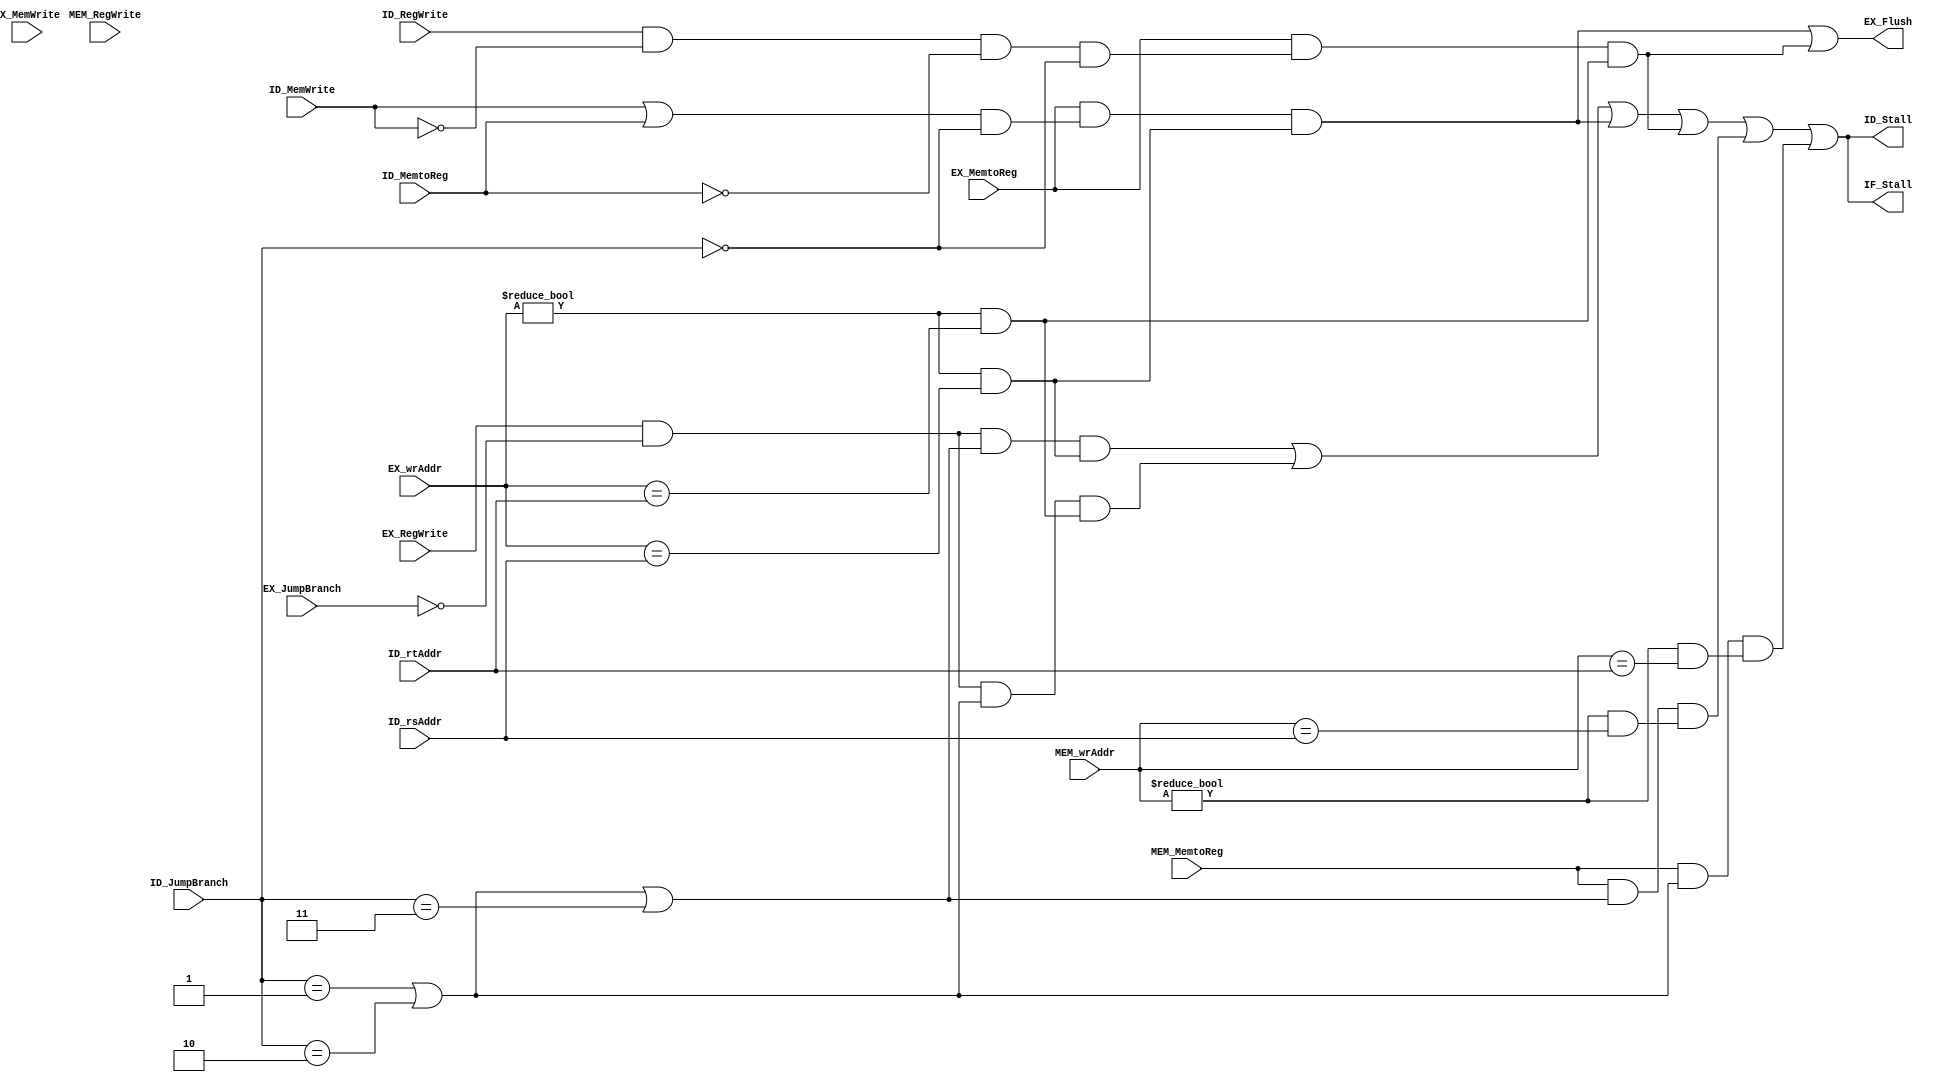
`timescale 1ns / 1ps
//////////////////////////////////////////////////////////////////////////////////
// Company: 
// Engineer: 
// 
// Design Name: 
// Module Name: Hazard_Unit
// Project Name: 
// Target Devices: 
// Tool Versions: 
// Description: 
// 
// Dependencies: 
// 
// Revision:
// Revision 0.01 - File Created
// Additional Comments:
// 
//////////////////////////////////////////////////////////////////////////////////


module Hazard_Unit(
    input ID_RegWrite, ID_MemWrite, ID_MemtoReg,
    input [2:0] ID_JumpBranch, 
    input EX_RegWrite, EX_MemWrite, EX_MemtoReg,
    input [2:0] EX_JumpBranch,
    input MEM_RegWrite, MEM_MemtoReg,
    input [4:0] ID_rsAddr, ID_rtAddr, EX_wrAddr, MEM_wrAddr,
    output EX_Flush,
    output IF_Stall, ID_Stall
    );

    parameter BEQ = 3'd1, BNE = 3'd2, JR = 3'd3, J = 3'd4, JAL = 3'd7, OTHERS = 3'd0;
    
    wire EX_Lw = EX_MemtoReg;
    wire EX_RILw = EX_RegWrite && (EX_JumpBranch == OTHERS);
    wire ID_RI = (ID_RegWrite & ~ID_MemWrite & ~ID_MemtoReg) && (ID_JumpBranch == OTHERS);
    wire ID_RILwSw = (ID_MemWrite | ID_MemtoReg) && (ID_JumpBranch == OTHERS);
    wire ID_Branch = (ID_JumpBranch == BEQ) || (ID_JumpBranch == BNE);
    wire ID_BranchJr = (ID_JumpBranch == BEQ) || (ID_JumpBranch == BNE) || (ID_JumpBranch == JR); 
    wire MEM_Lw = MEM_MemtoReg;
    
    wire EXw_equ_IDs = (EX_wrAddr != 0) && (EX_wrAddr == ID_rsAddr);
    wire EXw_equ_IDt = (EX_wrAddr != 0) && (EX_wrAddr == ID_rtAddr);
    wire MEMw_equ_IDs = (MEM_wrAddr != 0) && (MEM_wrAddr == ID_rsAddr);
    wire MEMw_equ_IDt = (MEM_wrAddr != 0) && (MEM_wrAddr == ID_rtAddr);
    
    // EX_Flush
    // EX(lw)  -->  (R / I / lw / sw) 
    //   -wr-   =   -rs/rt-  ---rs--
    assign EX_Flush = (EX_Lw & ID_RILwSw & EXw_equ_IDs)
                    | (EX_Lw & ID_RI & EXw_equ_IDt);
    
    // IF_Stall, ID_Stall
    // EX(R / I / lw)  -->  ID(beq / bne / jr)
    //    ----wr----   =       --rs/rt--  -rs-
    // EX(lw)  -->  ID(R / I / lw / sw)
    //   -wr-   =     -rs/rt-  --rs--
    // MEM(lw)  -->  ID(beq / bne / jr)
    //     -wr-   =     --rs/rt--   rs
    assign IF_Stall = ID_Stall;
    assign ID_Stall = (EX_RILw & ID_BranchJr & EXw_equ_IDs)
                    | (EX_RILw & ID_Branch & EXw_equ_IDt)
                    | (EX_Lw & ID_RILwSw & EXw_equ_IDs)
                    | (EX_Lw & ID_RI & EXw_equ_IDt)
                    | (MEM_Lw & ID_BranchJr & MEMw_equ_IDs)
                    | (MEM_Lw & ID_Branch & MEMw_equ_IDt);
        
endmodule